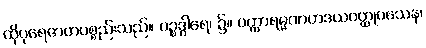
ထိုပုရေဇာတပစ္စည်းသည်။ ပဉ္စဒွါရေ၊ ၌။ ဝတ္ထာရမ္မဏဟဒယဝတ္ထုဝသေန၊